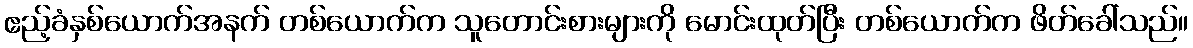
ဧည့်ခံနှစ်ယောက်အနက် တစ်ယောက်က သူတောင်းစားများကို မောင်းထုတ်ပြီး တစ်ယောက်က ဖိတ်ခေါ်သည်။